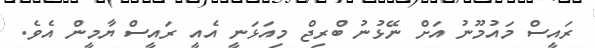
ރައީސް މައުމޫނު އަށް ނޭޅުނު ބްރިޖް މިއަޅަނީ އެއީ ރައީސް ޔާމީން އެވެ.